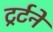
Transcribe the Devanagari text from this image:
ट्रर्टने